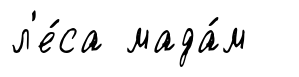
л'е́са мада́м